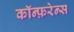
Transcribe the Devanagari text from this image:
कॉन्फ़रेन्स